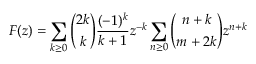
F ( z ) = \sum _ { k \geq 0 } { { \binom { 2 k } { k } } { \frac { ( - 1 ) ^ { k } } { k + 1 } } z ^ { - k } } \sum _ { n \geq 0 } { { \binom { n + k } { m + 2 k } } z ^ { n + k } }